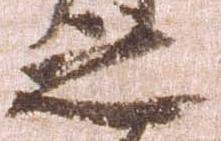
之